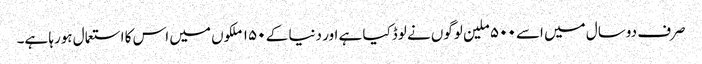
صرف دوسال میں اسے ۵۰۰ ملین لوگوں نے لوڈکیا ہے اور دنیا کے ۱۵۰ ملکوں میں اس کا استعمال ہورہا ہے۔